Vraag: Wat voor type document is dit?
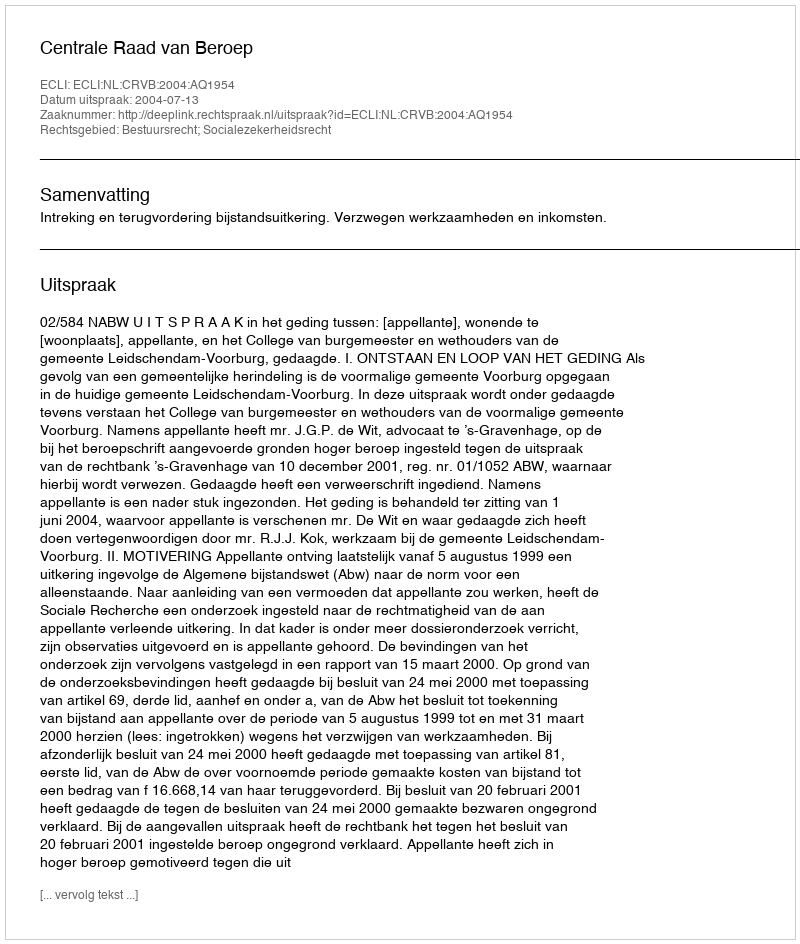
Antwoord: Uitspraak